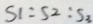
S _ { 1 } : S _ { 2 } : S _ { 3 }